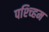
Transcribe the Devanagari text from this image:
पश्च्हिम